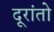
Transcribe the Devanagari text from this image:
दूरांतो